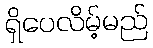
ရှိပေလိမ့်မည်